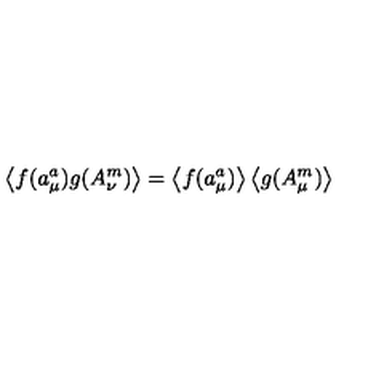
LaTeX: \left\langle f ( a _ { \mu } ^ { a } ) g ( A _ { \nu } ^ { m } ) \right\rangle = \left\langle f ( a _ { \mu } ^ { a } ) \right\rangle \left\langle g ( A _ { \mu } ^ { m } ) \right\rangle